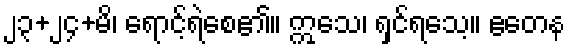
၂၃+၂၄+မိ၊ ရောင့်ရဲစေ၏။ ဣသေ၊ ရှင်ရသေ့။ ဧတေန